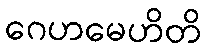
ဂေဟမေဟိတိ